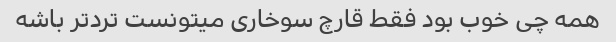
همه چی خوب بود فقط قارچ سوخاری میتونست تردتر باشه